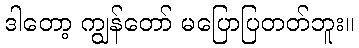
ဒါတော့ ကျွန်တော် မပြောပြတတ်ဘူး။